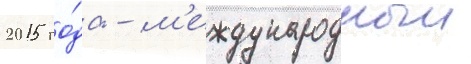
2015 го́да - м'еждународныи